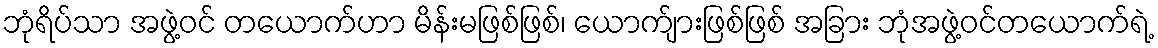
ဘုံရိပ်သာ အဖွဲ့ဝင် တယောက်ဟာ မိန်းမဖြစ်ဖြစ်၊ ယောက်ျားဖြစ်ဖြစ် အခြား ဘုံအဖွဲ့ဝင်တယောက်ရဲ့